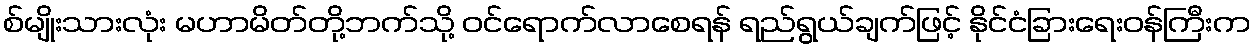
စ်မျိုးသားလုံး မဟာမိတ်တို့ဘက်သို့ ဝင်ရောက်လာစေရန် ရည်ရွယ်ချက်ဖြင့် နိုင်ငံခြားရေးဝန်ကြီးက